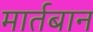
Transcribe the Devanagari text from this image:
मार्तबान